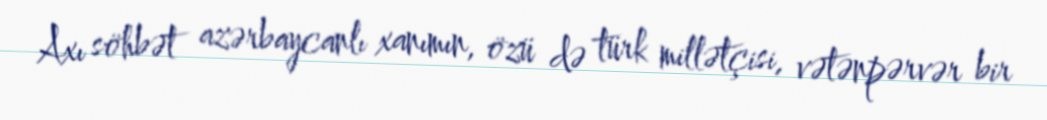
Axı söhbət azərbaycanlı xanımın, özü də türk millətçisi, vətənpərvər bir